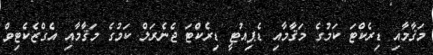
މަޤާމާއި ޑިރެކްޓަ ކަމުގެ މަޤާމާއި ޑެޕިއުޓީ ޑިރެކްޓަ ޖެނެރަލް ކަމުގެ މަޤާމާއި އެގްޒެކެޓިވް